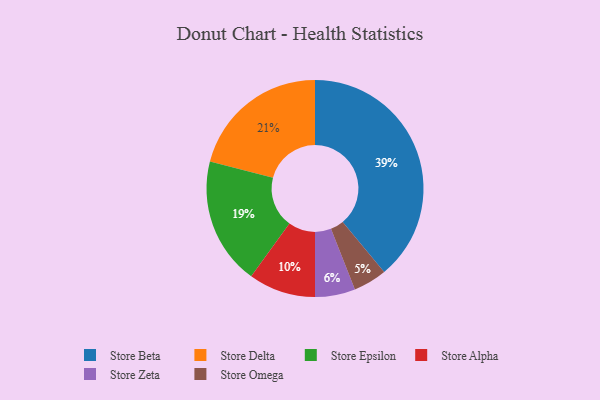
{"axis": {"x": "Category", "y": "Percentage"}, "legend": ["Store Alpha", "Store Beta", "Store Delta", "Store Epsilon", "Store Omega", "Store Zeta"], "data": [{"x": "Store Delta", "y": 21, "type": "Store Delta"}, {"x": "Store Zeta", "y": 6, "type": "Store Zeta"}, {"x": "Store Omega", "y": 5, "type": "Store Omega"}, {"x": "Store Epsilon", "y": 19, "type": "Store Epsilon"}, {"x": "Store Beta", "y": 39, "type": "Store Beta"}, {"x": "Store Alpha", "y": 10, "type": "Store Alpha"}]}